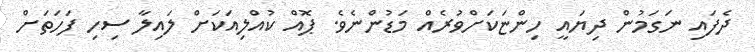
ދެފައި ނަގަމުން ދިޔައީ ހިންޏަކަށްވުރެއް މަޑުންނެވެ. ޕޮއް ކުއްލިއަކަށް ލައިލާ ސިހި ފަހަތަށް